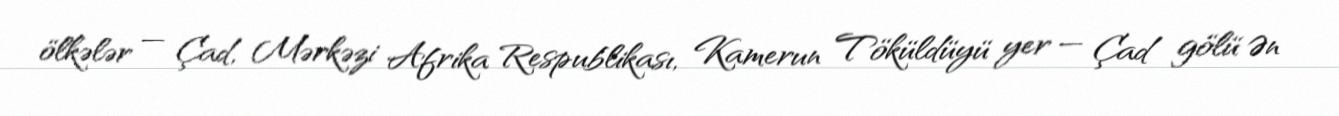
ölkələr — Çad, Mərkəzi Afrika Respublikası, Kamerun Töküldüyü yer — Çad gölü Ən